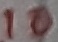
Text: 10